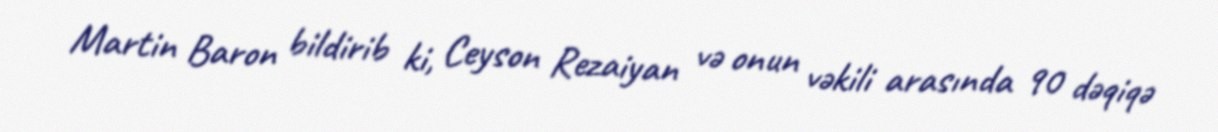
Martin Baron bildirib ki, Ceyson Rezaiyan və onun vəkili arasında 90 dəqiqə